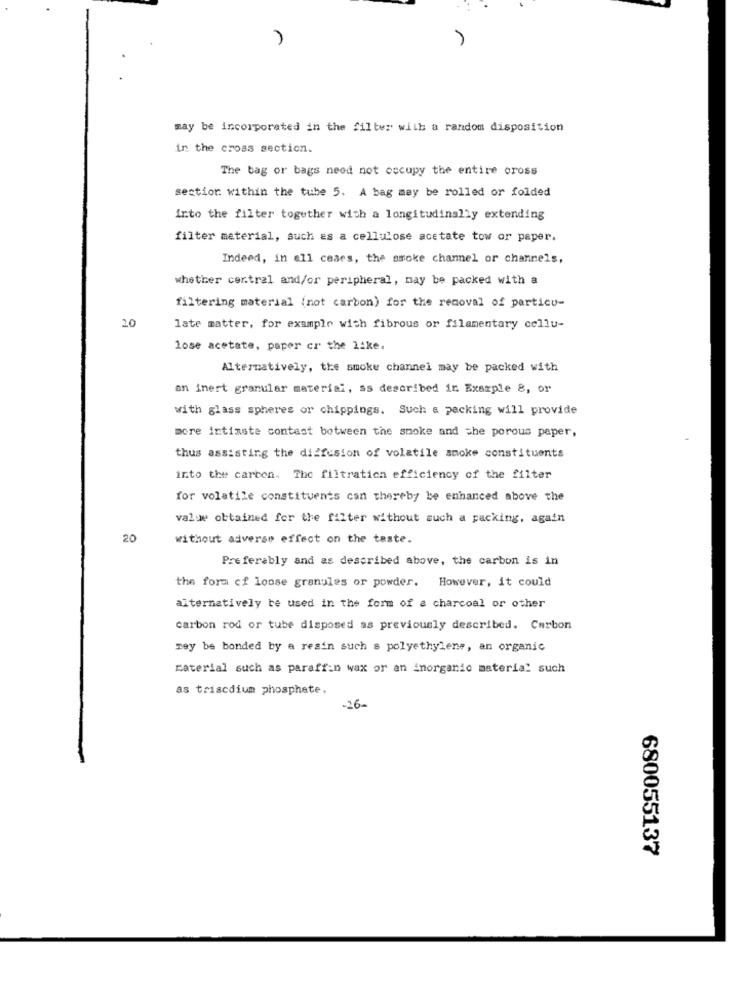
may be incorporated in the filter with a random disposition
in the cross section.
The bag or bags need not occupy the entire cross
section: within the tube 5. A bag may be rolled or folded
into the filter together with a longitudinally extending
filter material, such as a cellulose acetate tow or paper.
Indeed, in all ceaes, the smoke channel or channels,
whether cer.tral and/or peripheral, may be packed with a
filtering material (not carbon) for the removal of particu-
20
late matter, for example with fibrous or filamentary cellu-
lose acetate, paper cr the like.
Alternatively, the smoke channel may be packed with
an inert granular material, ss described in Example 8, or
with glass spheres or chippings. Such & packing will provide
more intimate contast botween the smoke and the porous peper,
thus assisting the diffusion of volatile smoke constituents
into the carbon. The filtration efficiency of the filter
for volatile constituents can thereby be enhanced above the
value obtained for the filter without such a packing, again
20
without adverse effect on the taste.
Preferably and as described above, the carbon is in
the form ci loose granules or powder. However, it could
alternatively be used in the form of a charcoal or other
carbon rod or tube disposed as previously described. Carbon
mey be bonded by a resin such s polyethylene, an organic
material such as paraffin wax or an inorganic material such
as triscdium phosphate.
26-
680055137